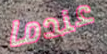
عندما